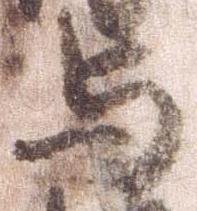
与